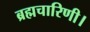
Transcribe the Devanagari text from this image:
ब्रह्मचारिणी।